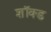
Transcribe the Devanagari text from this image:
शॉक्ड